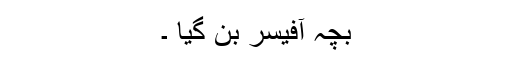
بچہ آفیسر بن گیا ۔